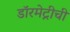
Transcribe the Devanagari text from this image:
डॉरमेट्रीची